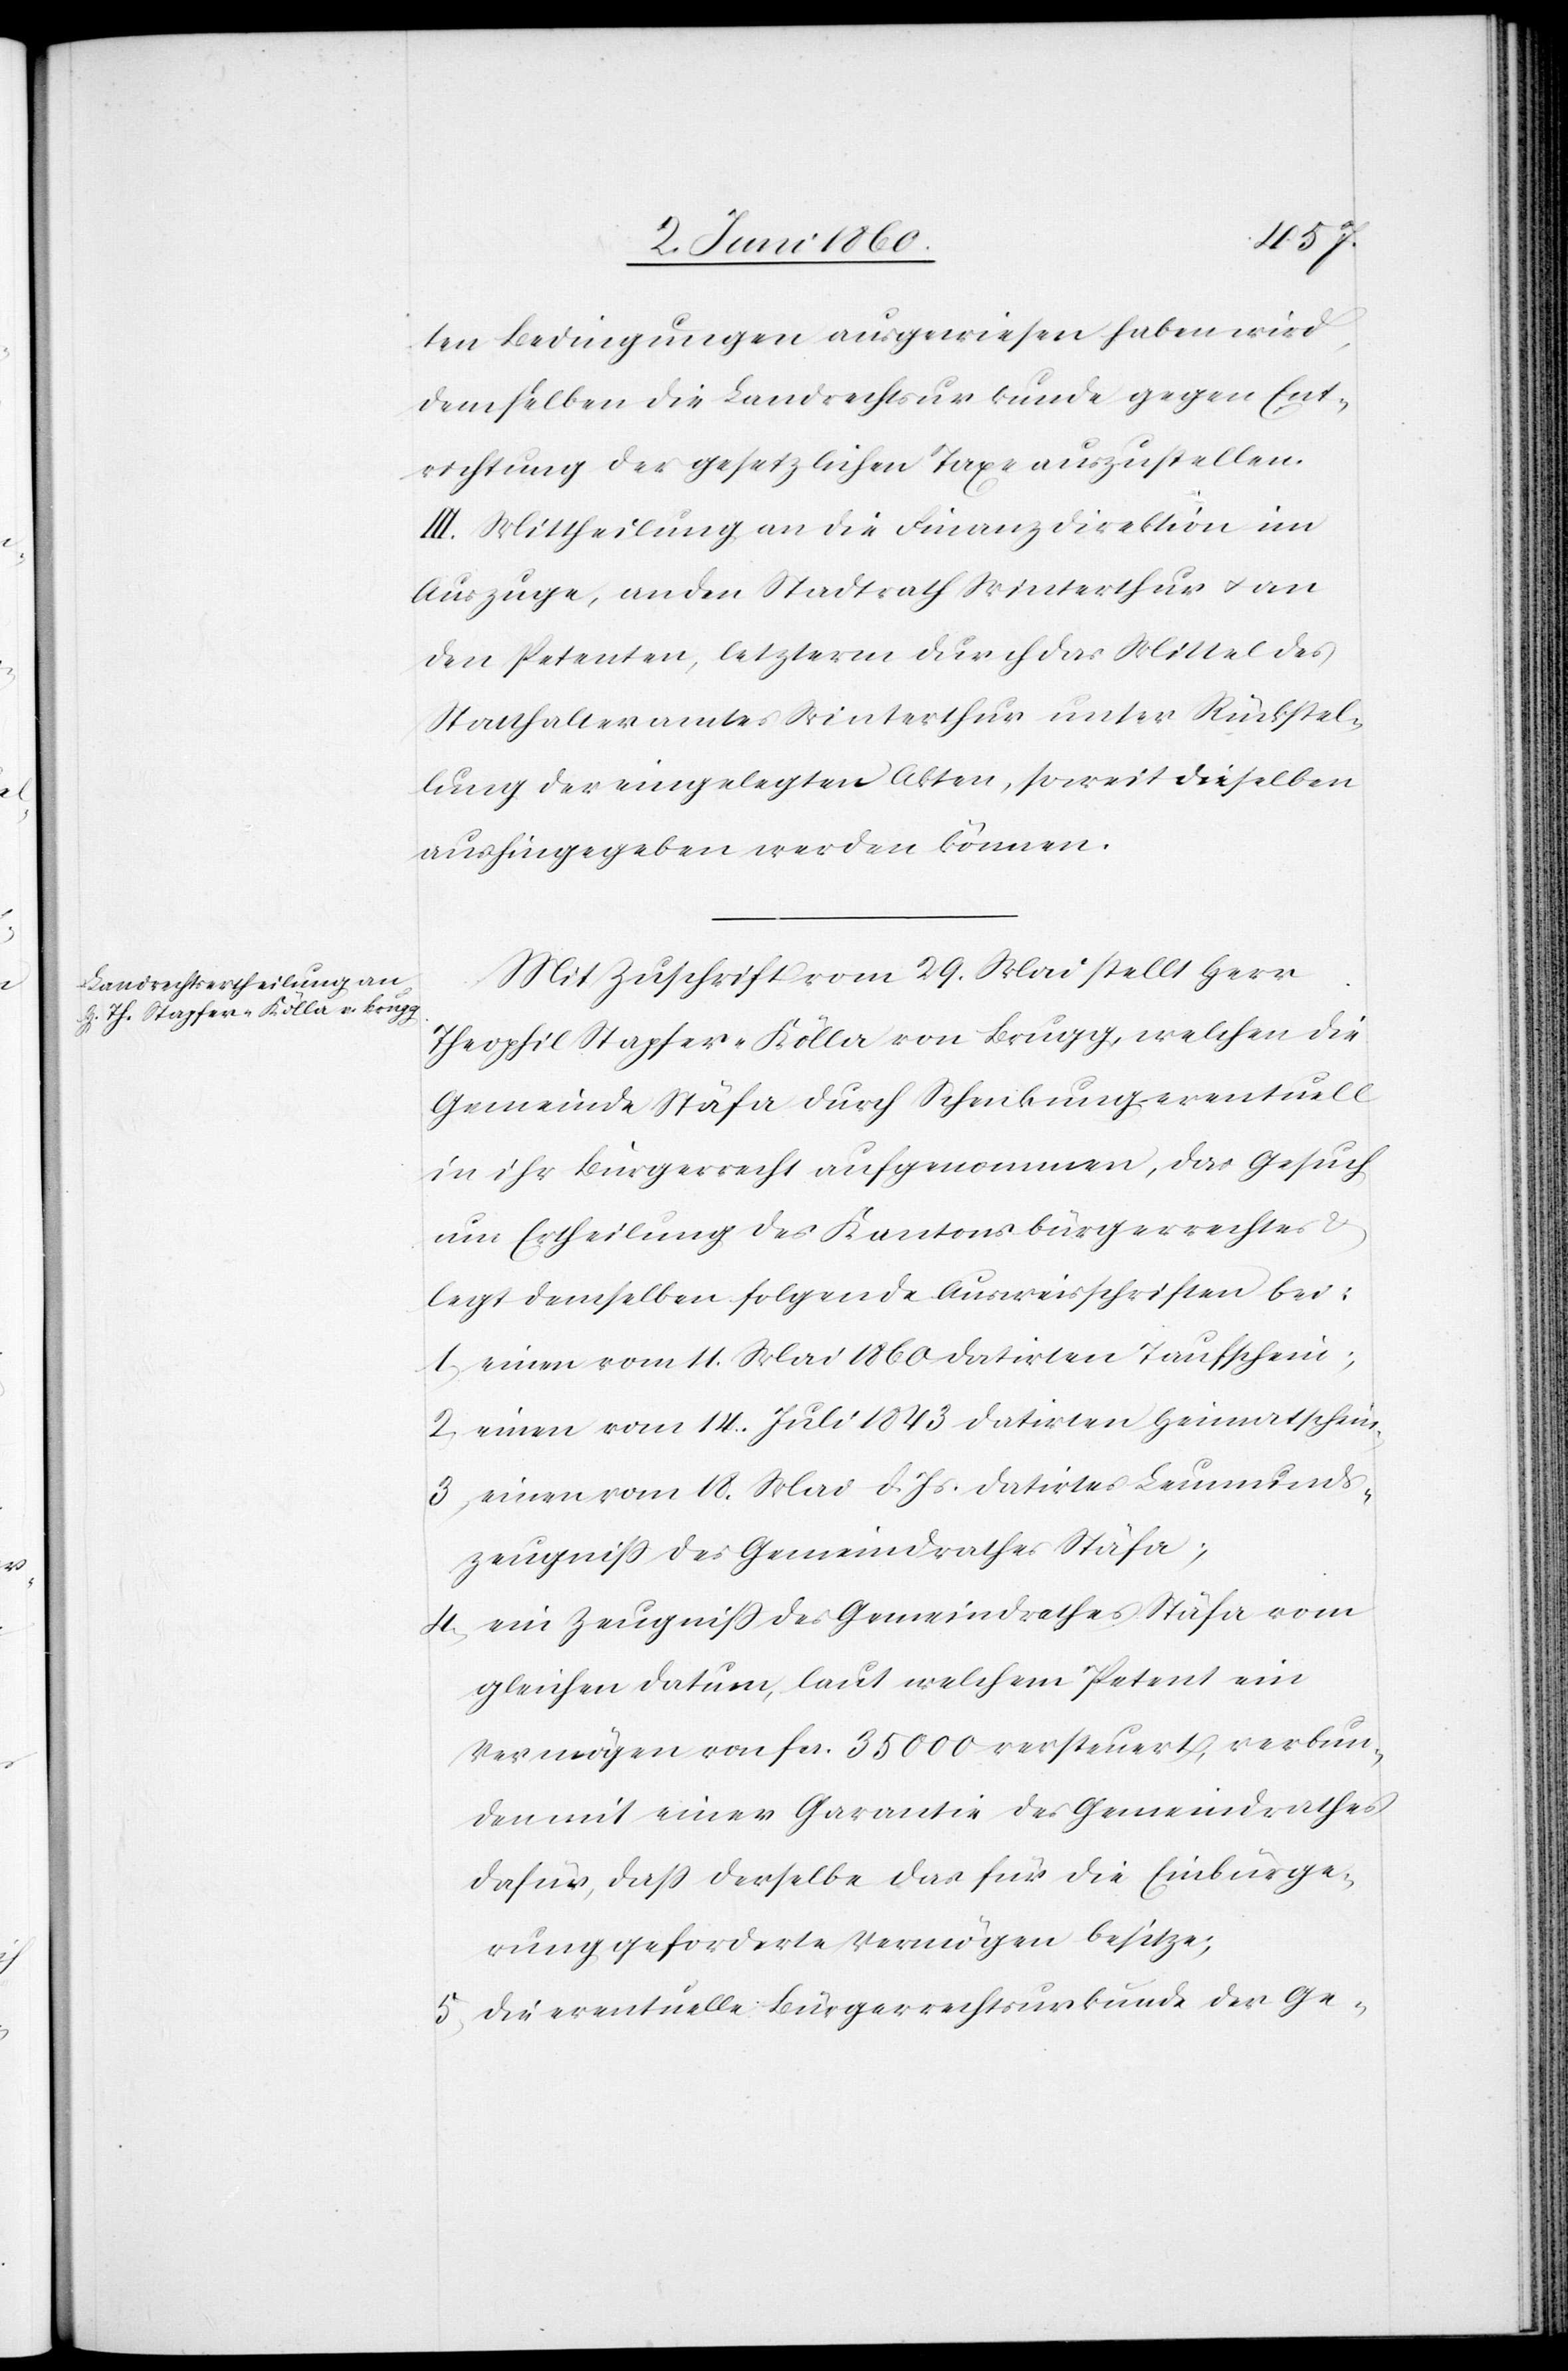
Leumund¬
ten Bedingungen ausgewiesen haben wird,
demselben die Landrechtsurkunde gegen Ent¬
richtung der gesetzlichen Taxe auszustellen.
III. Mittheilung an die Finanzdirektion im
Auszuge, an den Stadtrath Winterthur u. an
den Petenten, letzterm durch das Mittel des
Statthalteramtes Winterthur unter Rückstel¬
lung der eingelegten Akten, soweit dieselben
aushingegeben werden können.
Mit Zuschrift vom 29. Mai stellt Herr
Theophil Stapfer-Kölla von Brugg, welchen die
Gemeinde Stäfa durch Schenkung eventuell
in ihr Bürgerrecht aufgenommen, das Gesuch
um Ertheilung des Kantonsbürgerrechtes u.
legt demselben folgende Ausweisschriften bei:
1) einen vom 11. Mai 1860 datirten Taufschein,
2) einen vom 14. Juli 1843 datirten Heimathschein;
szeugniss des Gemeindrathes Stäfa;
4) ein Zeugniss des Gemeindrathes Stäfa vom
gleichen Datum, laut welchem Petent ein
Vermögen von fcs. 35 000 versteuert, verbun¬
den mit einer Garantie des Gemeindrathes
dafür, dass derselbe das für die Einbürge¬
rung geforderte Vermögen besitze;
5) die eventuelle Bürgerrechtsurkunde der Ge-